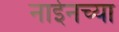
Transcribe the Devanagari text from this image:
नाईनच्या